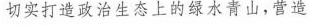
切实打造政治生态上的绿水青山，营造